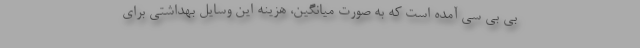
بی بی سی آمده است که به صورت میانگین، هزینه این وسایل بهداشتی برای